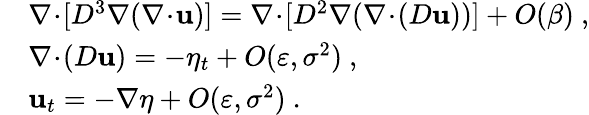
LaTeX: \begin{array}{rl}&{\nabla\! \cdot\! [D^{3}\nabla(\nabla\! \cdot\! \mathbf{u})]=\nabla\! \cdot\! [D^{2}\nabla(\nabla\! \cdot\! (D\mathbf{u}))]+O(\beta)\ ,}\\ &{\nabla\! \cdot\! (D\mathbf{u})=-\eta_{t}+O(\varepsilon,\sigma^{2})\ ,}\\ &{\mathbf{u}_{t}=-\nabla\eta+O(\varepsilon,\sigma^{2})\ .}\end{array}